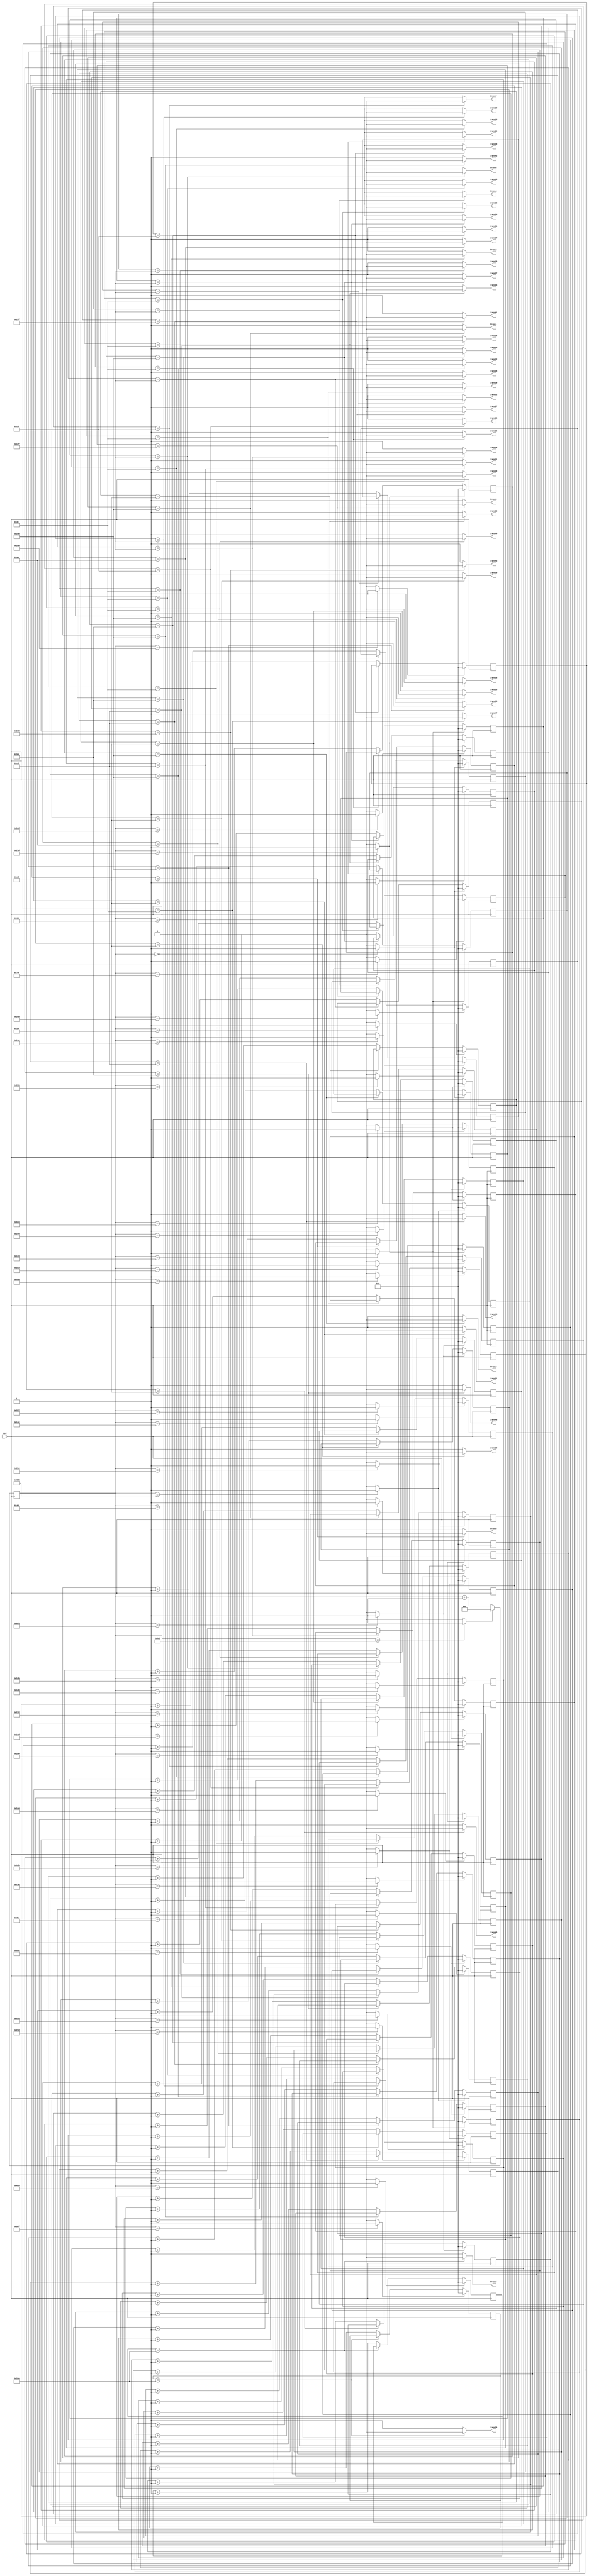
`timescale 1ns / 1ps
//////////////////////////////////////////////////////////////////////////////////
// Company: 
// Engineer: 
// 
// Design Name: 
// Module Name:    focus_power_ad_7_7 
// Project Name: 
// Target Devices: 
// Tool versions: 
// Description: 
//
// Dependencies: 
//
// Revision: 
// Revision 0.01 - File Created
// Additional Comments: 
//
//////////////////////////////////////////////////////////////////////////////////
module focus_power_ad_7_7(

	input CLK,
    output trans1,
    output trans2,
	 output trans3,
	 output trans4,
	 output trans5,
	 output trans6,
	 output trans7,
	 output trans8,
	 output trans9,
	 output trans10,
	 output trans11,
	 output trans12,
	 output trans13,
	 output trans14,
	 output trans15,
	 output trans16,
	 output trans17,
	 output trans18,
	 output trans19,
	 output trans20,
	 output trans21,
	 output trans22,
	 output trans23,
	 output trans24,
	 output trans25,
	 output trans26,
	 output trans27,
	 output trans28,
	 output trans29,
	 output trans30,
	 output trans31,
	 output trans32,
	 output trans33,
	 output trans34,
	 output trans35,
	 output trans36,
	 output trans37,
	 output trans38,
	 output trans39,
	 output trans40,
	 output trans41,
	 output trans42,
	 output trans43,
	 output trans44,
	 output trans45,
	 output trans46,
	 output trans47,
	 output trans48,
	 output trans49
    );

	//define signals
	reg [10:0] pwm_base_reg = 11'h000;
	reg [9:0] pwm1_duty_reg = 10'h000;
	reg [9:0] pwm2_duty_reg = 10'h000;
	reg [9:0] pwm3_duty_reg = 10'h000;
	reg [9:0] pwm4_duty_reg = 10'h000;
	reg [9:0] pwm5_duty_reg = 10'h000;
	reg [9:0] pwm6_duty_reg = 10'h000;
	reg [9:0] pwm7_duty_reg = 10'h000;
	reg [9:0] pwm8_duty_reg = 10'h000;
	reg [9:0] pwm9_duty_reg = 10'h000;
	reg [9:0] pwm10_duty_reg = 10'h000;
	reg [9:0] pwm11_duty_reg = 10'h000;	
	reg [9:0] pwm12_duty_reg = 10'h000;	
	reg [9:0] pwm13_duty_reg = 10'h000;
	reg [9:0] pwm14_duty_reg = 10'h000;
	reg [9:0] pwm15_duty_reg = 10'h000;
	reg [9:0] pwm16_duty_reg = 10'h000;
	reg [9:0] pwm17_duty_reg = 10'h000;
   reg [9:0] pwm18_duty_reg = 10'h000;
   reg [9:0] pwm19_duty_reg = 10'h000;
   reg [9:0] pwm20_duty_reg = 10'h000;
   reg [9:0] pwm21_duty_reg = 10'h000;
   reg [9:0] pwm22_duty_reg = 10'h000;
   reg [9:0] pwm23_duty_reg = 10'h000;
   reg [9:0] pwm24_duty_reg = 10'h000;
   reg [9:0] pwm25_duty_reg = 10'h000;
   reg [9:0] pwm26_duty_reg = 10'h000;
   reg [9:0] pwm27_duty_reg = 10'h000;
   reg [9:0] pwm28_duty_reg = 10'h000;
   reg [9:0] pwm29_duty_reg = 10'h000;
   reg [9:0] pwm30_duty_reg = 10'h000;
   reg [9:0] pwm31_duty_reg = 10'h000;
   reg [9:0] pwm32_duty_reg = 10'h000;
   reg [9:0] pwm33_duty_reg = 10'h000;
   reg [9:0] pwm34_duty_reg = 10'h000;
   reg [9:0] pwm35_duty_reg = 10'h000;
   reg [9:0] pwm36_duty_reg = 10'h000;
   reg [9:0] pwm37_duty_reg = 10'h000;
   reg [9:0] pwm38_duty_reg = 10'h000;
   reg [9:0] pwm39_duty_reg = 10'h000;
   reg [9:0] pwm40_duty_reg = 10'h000;
   reg [9:0] pwm41_duty_reg = 10'h000;
   reg [9:0] pwm42_duty_reg = 10'h000;
   reg [9:0] pwm43_duty_reg = 10'h000;
   reg [9:0] pwm44_duty_reg = 10'h000;
   reg [9:0] pwm45_duty_reg = 10'h000;
   reg [9:0] pwm46_duty_reg = 10'h000;
   reg [9:0] pwm47_duty_reg = 10'h000;
   reg [9:0] pwm48_duty_reg = 10'h000;
   reg [9:0] pwm49_duty_reg = 10'h000;
	
	reg [6:0] base_cycle_counter_reg = 7'h00;
	reg [15:0] count_base_reg = 16'h0000;
	
	wire pwm1;
	wire pwm2;
	wire pwm3;
	wire pwm4;
	wire pwm5;
	wire pwm6;
	wire pwm7;
	wire pwm8;
	wire pwm9;
	wire pwm10;
	wire pwm11;
	wire pwm12;
	wire pwm13;
	wire pwm14;
	wire pwm15;
	wire pwm16;
	wire pwm17;
   wire pwm18;
   wire pwm19;
   wire pwm20;
   wire pwm21;
   wire pwm22;
   wire pwm23;
   wire pwm24;
   wire pwm25;
   wire pwm26;
   wire pwm27;
   wire pwm28;
   wire pwm29;
   wire pwm30;
   wire pwm31;
   wire pwm32;
   wire pwm33;
   wire pwm34;
   wire pwm35;
   wire pwm36;
   wire pwm37;
   wire pwm38;
   wire pwm39;
   wire pwm40;
   wire pwm41;
   wire pwm42;
   wire pwm43;
   wire pwm44;
   wire pwm45;
   wire pwm46;
   wire pwm47;
   wire pwm48;
   wire pwm49;
	
	wire pwm1_out;
	wire pwm2_out;
	wire pwm3_out;
	wire pwm4_out;
	wire pwm5_out;
	wire pwm6_out;
	wire pwm7_out;
	wire pwm8_out;
	wire pwm9_out;
	wire pwm10_out;
	wire pwm11_out;
	wire pwm12_out;
	wire pwm13_out;
	wire pwm14_out;
	wire pwm15_out;
	wire pwm16_out;
	wire pwm17_out;
	wire pwm18_out;
   wire pwm19_out;
   wire pwm20_out;
   wire pwm21_out;
   wire pwm22_out;
   wire pwm23_out;
   wire pwm24_out;
   wire pwm25_out;
   wire pwm26_out;
   wire pwm27_out;
   wire pwm28_out;
   wire pwm29_out;
   wire pwm30_out;
   wire pwm31_out;
   wire pwm32_out;
   wire pwm33_out;
   wire pwm34_out;
   wire pwm35_out;
   wire pwm36_out;
   wire pwm37_out;
   wire pwm38_out;
   wire pwm39_out;
   wire pwm40_out;
   wire pwm41_out;
   wire pwm42_out;
   wire pwm43_out;
   wire pwm44_out;
   wire pwm45_out;
   wire pwm46_out;
   wire pwm47_out;
   wire pwm48_out;
   wire pwm49_out;
	wire pwmbp;
	

	//PWM Base Cycle Generate
	/* Calculation
		base count = 50[MHz] / 40 [kHz] = 1250
		0 ~ 1249 -> 1250 count
	*/
	always @(posedge CLK) begin  //CB16RE
		if (pwmbp == 1'b1) begin  //R:pwmbp
			pwm_base_reg <= 11'h000;  //h:hexadecimal, assign 0 to all bits
		end
		else begin
			pwm_base_reg <= pwm_base_reg + 1'b1;  //increment
		end
	end
	
	assign pwmbp = (pwm_base_reg[10:0] == 11'd1249) ? 1'b1 : 1'b0;  //COMP16
	
	//phase
   assign pwm1  = (pwm_base_reg[10:0] == 11'd641) ? 1'b1 : 1'b0;  //COMP16
   assign pwm2  = (pwm_base_reg[10:0] == 11'd991) ? 1'b1 : 1'b0;  //COMP16
   assign pwm3  = (pwm_base_reg[10:0] == 11'd1205) ? 1'b1 : 1'b0;  //COMP16
   assign pwm4  = (pwm_base_reg[10:0] == 11'd0) ? 1'b1 : 1'b0;  //COMP16
   assign pwm5  = (pwm_base_reg[10:0] == 11'd1157) ? 1'b1 : 1'b0;  //COMP16
   assign pwm6  = (pwm_base_reg[10:0] == 11'd964) ? 1'b1 : 1'b0;  //COMP16
   assign pwm7  = (pwm_base_reg[10:0] == 11'd675) ? 1'b1 : 1'b0;  //COMP16
   assign pwm8  = (pwm_base_reg[10:0] == 11'd1005) ? 1'b1 : 1'b0;  //COMP16
   assign pwm9  = (pwm_base_reg[10:0] == 11'd0) ? 1'b1 : 1'b0;  //COMP16
   assign pwm10 = (pwm_base_reg[10:0] == 11'd291) ? 1'b1 : 1'b0;  //COMP16
   assign pwm11 = (pwm_base_reg[10:0] == 11'd422) ? 1'b1 : 1'b0;  //COMP16
   assign pwm12 = (pwm_base_reg[10:0] == 11'd318) ? 1'b1 : 1'b0;  //COMP16
   assign pwm13 = (pwm_base_reg[10:0] == 11'd121) ? 1'b1 : 1'b0;  //COMP16
   assign pwm14 = (pwm_base_reg[10:0] == 11'd964) ? 1'b1 : 1'b0;  //COMP16
   assign pwm15 = (pwm_base_reg[10:0] == 11'd1227) ? 1'b1 : 1'b0;  //COMP16
   assign pwm16 = (pwm_base_reg[10:0] == 11'd348) ? 1'b1 : 1'b0;  //COMP16
   assign pwm17 = (pwm_base_reg[10:0] == 11'd587) ? 1'b1 : 1'b0;  //COMP16
   assign pwm18 = (pwm_base_reg[10:0] == 11'd637) ? 1'b1 : 1'b0;  //COMP16
   assign pwm19 = (pwm_base_reg[10:0] == 11'd562) ? 1'b1 : 1'b0;  //COMP16
   assign pwm20 = (pwm_base_reg[10:0] == 11'd291) ? 1'b1 : 1'b0;  //COMP16
   assign pwm21 = (pwm_base_reg[10:0] == 11'd1219) ? 1'b1 : 1'b0;  //COMP16
   assign pwm22 = (pwm_base_reg[10:0] == 11'd41) ? 1'b1 : 1'b0;  //COMP16
   assign pwm23 = (pwm_base_reg[10:0] == 11'd432) ? 1'b1 : 1'b0;  //COMP16
   assign pwm24 = (pwm_base_reg[10:0] == 11'd637) ? 1'b1 : 1'b0;  //COMP16
   assign pwm25 = (pwm_base_reg[10:0] == 11'd724) ? 1'b1 : 1'b0;  //COMP16
   assign pwm26 = (pwm_base_reg[10:0] == 11'd637) ? 1'b1 : 1'b0;  //COMP16
   assign pwm27 = (pwm_base_reg[10:0] == 11'd365) ? 1'b1 : 1'b0;  //COMP16
   assign pwm28 = (pwm_base_reg[10:0] == 11'd0) ? 1'b1 : 1'b0;  //COMP16
   assign pwm29 = (pwm_base_reg[10:0] == 11'd1219) ? 1'b1 : 1'b0;  //COMP16
   assign pwm30 = (pwm_base_reg[10:0] == 11'd332) ? 1'b1 : 1'b0;  //COMP16
   assign pwm31 = (pwm_base_reg[10:0] == 11'd580) ? 1'b1 : 1'b0;  //COMP16
   assign pwm32 = (pwm_base_reg[10:0] == 11'd588) ? 1'b1 : 1'b0;  //COMP16
   assign pwm33 = (pwm_base_reg[10:0] == 11'd587) ? 1'b1 : 1'b0;  //COMP16
   assign pwm34 = (pwm_base_reg[10:0] == 11'd291) ? 1'b1 : 1'b0;  //COMP16
   assign pwm35 = (pwm_base_reg[10:0] == 11'd1205) ? 1'b1 : 1'b0;  //COMP16
   assign pwm36 = (pwm_base_reg[10:0] == 11'd943) ? 1'b1 : 1'b0;  //COMP16
   assign pwm37 = (pwm_base_reg[10:0] == 11'd99) ? 1'b1 : 1'b0;  //COMP16
   assign pwm38 = (pwm_base_reg[10:0] == 11'd332) ? 1'b1 : 1'b0;  //COMP16
   assign pwm39 = (pwm_base_reg[10:0] == 11'd426) ? 1'b1 : 1'b0;  //COMP16
   assign pwm40 = (pwm_base_reg[10:0] == 11'd340) ? 1'b1 : 1'b0;  //COMP16
   assign pwm41 = (pwm_base_reg[10:0] == 11'd129) ? 1'b1 : 1'b0;  //COMP16
   assign pwm42 = (pwm_base_reg[10:0] == 11'd991) ? 1'b1 : 1'b0;  //COMP16
   assign pwm43 = (pwm_base_reg[10:0] == 11'd461) ? 1'b1 : 1'b0;  //COMP16
   assign pwm44 = (pwm_base_reg[10:0] == 11'd1021) ? 1'b1 : 1'b0;  //COMP16
   assign pwm45 = (pwm_base_reg[10:0] == 11'd1219) ? 1'b1 : 1'b0;  //COMP16
   assign pwm46 = (pwm_base_reg[10:0] == 11'd67) ? 1'b1 : 1'b0;  //COMP16
   assign pwm47 = (pwm_base_reg[10:0] == 11'd1227) ? 1'b1 : 1'b0;  //COMP16
   assign pwm48 = (pwm_base_reg[10:0] == 11'd1013) ? 1'b1 : 1'b0;  //COMP16
   assign pwm49 = (pwm_base_reg[10:0] == 11'd663) ? 1'b1 : 1'b0;  //COMP16
	
	
	//PWM Duty Ratio Generate
    always @(posedge CLK) begin  //CB16RE
        if (pwm1 == 1'b1) begin  //R:pwm1
            pwm1_duty_reg <= 11'h000;
        end
        else if (pwm1_out == 1'b1) begin  //CE:pwm1_out
            pwm1_duty_reg <= pwm1_duty_reg + 1'b1;
        end
    end
    
    always @(posedge CLK) begin  //CB16RE
        if (pwm2 == 1'b1) begin  //R:pwm2
            pwm2_duty_reg <= 11'h000;
        end
        else if (pwm2_out == 1'b1) begin  //CE:pwm2_out
            pwm2_duty_reg <= pwm2_duty_reg + 1'b1;
        end
    end
    
    always @(posedge CLK) begin  //CB16RE
        if (pwm3 == 1'b1) begin  //R:pwm3
            pwm3_duty_reg <= 11'h000;
        end
        else if (pwm3_out == 1'b1) begin  //CE:pwm3_out
            pwm3_duty_reg <= pwm3_duty_reg + 1'b1;
        end
    end
    
    always @(posedge CLK) begin  //CB16RE
        if (pwm4 == 1'b1) begin  //R:pwm4
            pwm4_duty_reg <= 11'h000;
        end
        else if (pwm4_out == 1'b1) begin  //CE:pwm4_out
            pwm4_duty_reg <= pwm4_duty_reg + 1'b1;
        end
    end
    
    always @(posedge CLK) begin  //CB16RE
        if (pwm5 == 1'b1) begin  //R:pwm5
            pwm5_duty_reg <= 11'h000;
        end
        else if (pwm5_out == 1'b1) begin  //CE:pwm5_out
            pwm5_duty_reg <= pwm5_duty_reg + 1'b1;
        end
    end
    
    always @(posedge CLK) begin  //CB16RE
        if (pwm6 == 1'b1) begin  //R:pwm6
            pwm6_duty_reg <= 11'h000;
        end
        else if (pwm6_out == 1'b1) begin  //CE:pwm6_out
            pwm6_duty_reg <= pwm6_duty_reg + 1'b1;
        end
    end
    
    always @(posedge CLK) begin  //CB16RE
        if (pwm7 == 1'b1) begin  //R:pwm7
            pwm7_duty_reg <= 11'h000;
        end
        else if (pwm7_out == 1'b1) begin  //CE:pwm7_out
            pwm7_duty_reg <= pwm7_duty_reg + 1'b1;
        end
    end
    
    always @(posedge CLK) begin  //CB16RE
        if (pwm8 == 1'b1) begin  //R:pwm8
            pwm8_duty_reg <= 11'h000;
        end
        else if (pwm8_out == 1'b1) begin  //CE:pwm8_out
            pwm8_duty_reg <= pwm8_duty_reg + 1'b1;
        end
    end
    
    always @(posedge CLK) begin  //CB16RE
        if (pwm9 == 1'b1) begin  //R:pwm9
            pwm9_duty_reg <= 11'h000;
        end
        else if (pwm9_out == 1'b1) begin  //CE:pwm9_out
            pwm9_duty_reg <= pwm9_duty_reg + 1'b1;
        end
    end
    
    always @(posedge CLK) begin  //CB16RE
        if (pwm10 == 1'b1) begin  //R:pwm10
            pwm10_duty_reg <= 11'h000;
        end
        else if (pwm10_out == 1'b1) begin  //CE:pwm10_out
            pwm10_duty_reg <= pwm10_duty_reg + 1'b1;
        end
    end
    
   always @(posedge CLK) begin  //CB16RE
        if (pwm11 == 1'b1) begin  //R:pwm11
            pwm11_duty_reg <= 11'h000;
        end
        else if (pwm11_out == 1'b1) begin  //CE:pwm11_out
            pwm11_duty_reg <= pwm11_duty_reg + 1'b1;
        end
    end

   always @(posedge CLK) begin  //CB16RE
        if (pwm12 == 1'b1) begin  //R:pwm12
            pwm12_duty_reg <= 11'h000;
        end
        else if (pwm12_out == 1'b1) begin  //CE:pwm12_out
            pwm12_duty_reg <= pwm12_duty_reg + 1'b1;
        end
    end

   always @(posedge CLK) begin  //CB16RE
        if (pwm13 == 1'b1) begin  //R:pwm13
            pwm13_duty_reg <= 11'h000;
        end
        else if (pwm13_out == 1'b1) begin  //CE:pwm13_out
            pwm13_duty_reg <= pwm13_duty_reg + 1'b1;
        end
    end

    always @(posedge CLK) begin  //CB16RE
        if (pwm14 == 1'b1) begin  //R:pwm14
            pwm14_duty_reg <= 11'h000;
        end
        else if (pwm14_out == 1'b1) begin  //CE:pwm14_out
            pwm14_duty_reg <= pwm14_duty_reg + 1'b1;
        end
    end
	 
        always @(posedge CLK) begin  //CB16RE
        if (pwm15 == 1'b1) begin  //R:pwm15
            pwm15_duty_reg <= 11'h000;
        end
        else if (pwm15_out == 1'b1) begin  //CE:pwm15_out
            pwm15_duty_reg <= pwm15_duty_reg + 1'b1;
        end
    end
	 
        always @(posedge CLK) begin  //CB16RE
        if (pwm16 == 1'b1) begin  //R:pwm16
            pwm16_duty_reg <= 11'h000;
        end
        else if (pwm16_out == 1'b1) begin  //CE:pwm16_out
            pwm16_duty_reg <= pwm16_duty_reg + 1'b1;
        end
    end
	 
        always @(posedge CLK) begin  //CB16RE
        if (pwm17 == 1'b1) begin  //R:pwm17
            pwm17_duty_reg <= 11'h000;
        end
        else if (pwm17_out == 1'b1) begin  //CE:pwm17_out
            pwm17_duty_reg <= pwm17_duty_reg + 1'b1;
        end
    end

       always @(posedge CLK) begin  //CB16RE
        if (pwm18 == 1'b1) begin  //R:pwm18
            pwm18_duty_reg <= 11'h000;
        end
        else if (pwm18_out == 1'b1) begin  //CE:pwm18_out
            pwm18_duty_reg <= pwm18_duty_reg + 1'b1;
        end
    end
       always @(posedge CLK) begin  //CB16RE
        if (pwm19 == 1'b1) begin  //R:pwm19
            pwm19_duty_reg <= 11'h000;
        end
        else if (pwm19_out == 1'b1) begin  //CE:pwm19_out
            pwm19_duty_reg <= pwm19_duty_reg + 1'b1;
        end
    end
       always @(posedge CLK) begin  //CB16RE
        if (pwm20 == 1'b1) begin  //R:pwm20
            pwm20_duty_reg <= 11'h000;
        end
        else if (pwm20_out == 1'b1) begin  //CE:pwm20_out
            pwm20_duty_reg <= pwm20_duty_reg + 1'b1;
        end
    end
       always @(posedge CLK) begin  //CB16RE
        if (pwm21 == 1'b1) begin  //R:pwm21
            pwm21_duty_reg <= 11'h000;
        end
        else if (pwm21_out == 1'b1) begin  //CE:pwm21_out
            pwm21_duty_reg <= pwm21_duty_reg + 1'b1;
        end
    end
       always @(posedge CLK) begin  //CB16RE
        if (pwm22 == 1'b1) begin  //R:pwm22
            pwm22_duty_reg <= 11'h000;
        end
        else if (pwm22_out == 1'b1) begin  //CE:pwm22_out
            pwm22_duty_reg <= pwm22_duty_reg + 1'b1;
        end
    end
       always @(posedge CLK) begin  //CB16RE
        if (pwm23 == 1'b1) begin  //R:pwm23
            pwm23_duty_reg <= 11'h000;
        end
        else if (pwm23_out == 1'b1) begin  //CE:pwm23_out
            pwm23_duty_reg <= pwm23_duty_reg + 1'b1;
        end
    end
       always @(posedge CLK) begin  //CB16RE
        if (pwm24 == 1'b1) begin  //R:pwm24
            pwm24_duty_reg <= 11'h000;
        end
        else if (pwm24_out == 1'b1) begin  //CE:pwm24_out
            pwm24_duty_reg <= pwm24_duty_reg + 1'b1;
        end
    end
       always @(posedge CLK) begin  //CB16RE
        if (pwm25 == 1'b1) begin  //R:pwm25
            pwm25_duty_reg <= 11'h000;
        end
        else if (pwm25_out == 1'b1) begin  //CE:pwm25_out
            pwm25_duty_reg <= pwm25_duty_reg + 1'b1;
        end
    end
       always @(posedge CLK) begin  //CB16RE
        if (pwm26 == 1'b1) begin  //R:pwm26
            pwm26_duty_reg <= 11'h000;
        end
        else if (pwm26_out == 1'b1) begin  //CE:pwm26_out
            pwm26_duty_reg <= pwm26_duty_reg + 1'b1;
        end
    end
       always @(posedge CLK) begin  //CB16RE
        if (pwm27 == 1'b1) begin  //R:pwm27
            pwm27_duty_reg <= 11'h000;
        end
        else if (pwm27_out == 1'b1) begin  //CE:pwm27_out
            pwm27_duty_reg <= pwm27_duty_reg + 1'b1;
        end
    end
       always @(posedge CLK) begin  //CB16RE
        if (pwm28 == 1'b1) begin  //R:pwm28
            pwm28_duty_reg <= 11'h000;
        end
        else if (pwm28_out == 1'b1) begin  //CE:pwm28_out
            pwm28_duty_reg <= pwm28_duty_reg + 1'b1;
        end
    end
       always @(posedge CLK) begin  //CB16RE
        if (pwm29 == 1'b1) begin  //R:pwm29
            pwm29_duty_reg <= 11'h000;
        end
        else if (pwm29_out == 1'b1) begin  //CE:pwm29_out
            pwm29_duty_reg <= pwm29_duty_reg + 1'b1;
        end
    end
       always @(posedge CLK) begin  //CB16RE
        if (pwm30 == 1'b1) begin  //R:pwm30
            pwm30_duty_reg <= 11'h000;
        end
        else if (pwm30_out == 1'b1) begin  //CE:pwm30_out
            pwm30_duty_reg <= pwm30_duty_reg + 1'b1;
        end
    end
       always @(posedge CLK) begin  //CB16RE
        if (pwm31 == 1'b1) begin  //R:pwm31
            pwm31_duty_reg <= 11'h000;
        end
        else if (pwm31_out == 1'b1) begin  //CE:pwm31_out
            pwm31_duty_reg <= pwm31_duty_reg + 1'b1;
        end
    end
       always @(posedge CLK) begin  //CB16RE
        if (pwm32 == 1'b1) begin  //R:pwm32
            pwm32_duty_reg <= 11'h000;
        end
        else if (pwm32_out == 1'b1) begin  //CE:pwm32_out
            pwm32_duty_reg <= pwm32_duty_reg + 1'b1;
        end
    end
       always @(posedge CLK) begin  //CB16RE
        if (pwm33 == 1'b1) begin  //R:pwm33
            pwm33_duty_reg <= 11'h000;
        end
        else if (pwm33_out == 1'b1) begin  //CE:pwm33_out
            pwm33_duty_reg <= pwm33_duty_reg + 1'b1;
        end
    end
       always @(posedge CLK) begin  //CB16RE
        if (pwm34 == 1'b1) begin  //R:pwm34
            pwm34_duty_reg <= 11'h000;
        end
        else if (pwm34_out == 1'b1) begin  //CE:pwm34_out
            pwm34_duty_reg <= pwm34_duty_reg + 1'b1;
        end
    end
       always @(posedge CLK) begin  //CB16RE
        if (pwm35 == 1'b1) begin  //R:pwm35
            pwm35_duty_reg <= 11'h000;
        end
        else if (pwm35_out == 1'b1) begin  //CE:pwm35_out
            pwm35_duty_reg <= pwm35_duty_reg + 1'b1;
        end
    end
       always @(posedge CLK) begin  //CB16RE
        if (pwm36 == 1'b1) begin  //R:pwm36
            pwm36_duty_reg <= 11'h000;
        end
        else if (pwm36_out == 1'b1) begin  //CE:pwm36_out
            pwm36_duty_reg <= pwm36_duty_reg + 1'b1;
        end
    end
       always @(posedge CLK) begin  //CB16RE
        if (pwm37 == 1'b1) begin  //R:pwm37
            pwm37_duty_reg <= 11'h000;
        end
        else if (pwm37_out == 1'b1) begin  //CE:pwm37_out
            pwm37_duty_reg <= pwm37_duty_reg + 1'b1;
        end
    end
       always @(posedge CLK) begin  //CB16RE
        if (pwm38 == 1'b1) begin  //R:pwm38
            pwm38_duty_reg <= 11'h000;
        end
        else if (pwm38_out == 1'b1) begin  //CE:pwm38_out
            pwm38_duty_reg <= pwm38_duty_reg + 1'b1;
        end
    end
       always @(posedge CLK) begin  //CB16RE
        if (pwm39 == 1'b1) begin  //R:pwm39
            pwm39_duty_reg <= 11'h000;
        end
        else if (pwm39_out == 1'b1) begin  //CE:pwm39_out
            pwm39_duty_reg <= pwm39_duty_reg + 1'b1;
        end
    end
       always @(posedge CLK) begin  //CB16RE
        if (pwm40 == 1'b1) begin  //R:pwm40
            pwm40_duty_reg <= 11'h000;
        end
        else if (pwm40_out == 1'b1) begin  //CE:pwm40_out
            pwm40_duty_reg <= pwm40_duty_reg + 1'b1;
        end
    end
       always @(posedge CLK) begin  //CB16RE
        if (pwm41 == 1'b1) begin  //R:pwm41
            pwm41_duty_reg <= 11'h000;
        end
        else if (pwm41_out == 1'b1) begin  //CE:pwm41_out
            pwm41_duty_reg <= pwm41_duty_reg + 1'b1;
        end
    end
       always @(posedge CLK) begin  //CB16RE
        if (pwm42 == 1'b1) begin  //R:pwm42
            pwm42_duty_reg <= 11'h000;
        end
        else if (pwm42_out == 1'b1) begin  //CE:pwm42_out
            pwm42_duty_reg <= pwm42_duty_reg + 1'b1;
        end
    end
       always @(posedge CLK) begin  //CB16RE
        if (pwm43 == 1'b1) begin  //R:pwm43
            pwm43_duty_reg <= 11'h000;
        end
        else if (pwm43_out == 1'b1) begin  //CE:pwm43_out
            pwm43_duty_reg <= pwm43_duty_reg + 1'b1;
        end
    end
       always @(posedge CLK) begin  //CB16RE
        if (pwm44 == 1'b1) begin  //R:pwm44
            pwm44_duty_reg <= 11'h000;
        end
        else if (pwm44_out == 1'b1) begin  //CE:pwm44_out
            pwm44_duty_reg <= pwm44_duty_reg + 1'b1;
        end
    end
       always @(posedge CLK) begin  //CB16RE
        if (pwm45 == 1'b1) begin  //R:pwm45
            pwm45_duty_reg <= 11'h000;
        end
        else if (pwm45_out == 1'b1) begin  //CE:pwm45_out
            pwm45_duty_reg <= pwm45_duty_reg + 1'b1;
        end
    end
       always @(posedge CLK) begin  //CB16RE
        if (pwm46 == 1'b1) begin  //R:pwm46
            pwm46_duty_reg <= 11'h000;
        end
        else if (pwm46_out == 1'b1) begin  //CE:pwm46_out
            pwm46_duty_reg <= pwm46_duty_reg + 1'b1;
        end
    end
       always @(posedge CLK) begin  //CB16RE
        if (pwm47 == 1'b1) begin  //R:pwm47
            pwm47_duty_reg <= 11'h000;
        end
        else if (pwm47_out == 1'b1) begin  //CE:pwm47_out
            pwm47_duty_reg <= pwm47_duty_reg + 1'b1;
        end
    end
       always @(posedge CLK) begin  //CB16RE
        if (pwm48 == 1'b1) begin  //R:pwm48
            pwm48_duty_reg <= 11'h000;
        end
        else if (pwm48_out == 1'b1) begin  //CE:pwm48_out
            pwm48_duty_reg <= pwm48_duty_reg + 1'b1;
        end
    end
       always @(posedge CLK) begin  //CB16RE
        if (pwm49 == 1'b1) begin  //R:pwm49
            pwm49_duty_reg <= 11'h000;
        end
        else if (pwm49_out == 1'b1) begin  //CE:pwm49_out
            pwm49_duty_reg <= pwm49_duty_reg + 1'b1;
        end
    end    

	//duty ratio  ex 50% -> 1250 / 2 = 625
	assign pwm1_out = (pwm1_duty_reg[9:0] == 10'd264) ? 1'b0 : 1'b1;  //COMP16
	assign pwm2_out = (pwm2_duty_reg[9:0] == 10'd264) ? 1'b0 : 1'b1;  //COMP16
	assign pwm3_out = (pwm3_duty_reg[9:0] == 10'd264) ? 1'b0 : 1'b1;  //COMP16
	assign pwm4_out = (pwm4_duty_reg[9:0] == 10'd319) ? 1'b0 : 1'b1;  //COMP16
	assign pwm5_out = (pwm5_duty_reg[9:0] == 10'd362) ? 1'b0 : 1'b1;  //COMP16
	assign pwm6_out = (pwm6_duty_reg[9:0] == 10'd319) ? 1'b0 : 1'b1;  //COMP16
	assign pwm7_out = (pwm7_duty_reg[9:0] == 10'd197) ? 1'b0 : 1'b1;  //COMP16
	assign pwm8_out = (pwm8_duty_reg[9:0] == 10'd237) ? 1'b0 : 1'b1;  //COMP16
	assign pwm9_out = (pwm9_duty_reg[9:0] == 10'd463) ? 1'b0 : 1'b1;  //COMP16
	assign pwm10_out = (pwm10_duty_reg[9:0] == 10'd319) ? 1'b0 : 1'b1;  //COMP16
   assign pwm11_out = (pwm11_duty_reg[9:0] == 10'd205) ? 1'b0 : 1'b1;  //COMP16 
   assign pwm12_out = (pwm12_duty_reg[9:0] == 10'd264) ? 1'b0 : 1'b1;  //COMP16 
   assign pwm13_out = (pwm13_duty_reg[9:0] == 10'd220) ? 1'b0 : 1'b1;  //COMP16 
   assign pwm14_out = (pwm14_duty_reg[9:0] == 10'd319) ? 1'b0 : 1'b1;  //COMP16 
   assign pwm15_out = (pwm15_duty_reg[9:0] == 10'd220) ? 1'b0 : 1'b1;  //COMP16 
   assign pwm16_out = (pwm16_duty_reg[9:0] == 10'd205) ? 1'b0 : 1'b1;  //COMP16
   assign pwm17_out = (pwm17_duty_reg[9:0] == 10'd170) ? 1'b0 : 1'b1;  //COMP16
   assign pwm18_out = (pwm18_duty_reg[9:0] == 10'd220) ? 1'b0 : 1'b1;  //COMP16
   assign pwm19_out = (pwm19_duty_reg[9:0] == 10'd220) ? 1'b0 : 1'b1;  //COMP16
   assign pwm20_out = (pwm20_duty_reg[9:0] == 10'd319) ? 1'b0 : 1'b1;  //COMP16
   assign pwm21_out = (pwm21_duty_reg[9:0] == 10'd237) ? 1'b0 : 1'b1;  //COMP16
   assign pwm22_out = (pwm22_duty_reg[9:0] == 10'd237) ? 1'b0 : 1'b1;  //COMP16
   assign pwm23_out = (pwm23_duty_reg[9:0] == 10'd185) ? 1'b0 : 1'b1;  //COMP16
   assign pwm24_out = (pwm24_duty_reg[9:0] == 10'd220) ? 1'b0 : 1'b1;  //COMP16
   assign pwm25_out = (pwm25_duty_reg[9:0] == 10'd197) ? 1'b0 : 1'b1;  //COMP16
   assign pwm26_out = (pwm26_duty_reg[9:0] == 10'd220) ? 1'b0 : 1'b1;  //COMP16
   assign pwm27_out = (pwm27_duty_reg[9:0] == 10'd319) ? 1'b0 : 1'b1;  //COMP16
   assign pwm28_out = (pwm28_duty_reg[9:0] == 10'd319) ? 1'b0 : 1'b1;  //COMP16
   assign pwm29_out = (pwm29_duty_reg[9:0] == 10'd237) ? 1'b0 : 1'b1;  //COMP16
   assign pwm30_out = (pwm30_duty_reg[9:0] == 10'd237) ? 1'b0 : 1'b1;  //COMP16
   assign pwm31_out = (pwm31_duty_reg[9:0] == 10'd185) ? 1'b0 : 1'b1;  //COMP16
   assign pwm32_out = (pwm32_duty_reg[9:0] == 10'd319) ? 1'b0 : 1'b1;  //COMP16
   assign pwm33_out = (pwm33_duty_reg[9:0] == 10'd170) ? 1'b0 : 1'b1;  //COMP16
   assign pwm34_out = (pwm34_duty_reg[9:0] == 10'd319) ? 1'b0 : 1'b1;  //COMP16
   assign pwm35_out = (pwm35_duty_reg[9:0] == 10'd264) ? 1'b0 : 1'b1;  //COMP16
   assign pwm36_out = (pwm36_duty_reg[9:0] == 10'd362) ? 1'b0 : 1'b1;  //COMP16
   assign pwm37_out = (pwm37_duty_reg[9:0] == 10'd264) ? 1'b0 : 1'b1;  //COMP16
   assign pwm38_out = (pwm38_duty_reg[9:0] == 10'd237) ? 1'b0 : 1'b1;  //COMP16
   assign pwm39_out = (pwm39_duty_reg[9:0] == 10'd197) ? 1'b0 : 1'b1;  //COMP16
   assign pwm40_out = (pwm40_duty_reg[9:0] == 10'd220) ? 1'b0 : 1'b1;  //COMP16
   assign pwm41_out = (pwm41_duty_reg[9:0] == 10'd205) ? 1'b0 : 1'b1;  //COMP16
   assign pwm42_out = (pwm42_duty_reg[9:0] == 10'd264) ? 1'b0 : 1'b1;  //COMP16
   assign pwm43_out = (pwm43_duty_reg[9:0] == 10'd624) ? 1'b0 : 1'b1;  //COMP16
   assign pwm44_out = (pwm44_duty_reg[9:0] == 10'd205) ? 1'b0 : 1'b1;  //COMP16
   assign pwm45_out = (pwm45_duty_reg[9:0] == 10'd237) ? 1'b0 : 1'b1;  //COMP16
   assign pwm46_out = (pwm46_duty_reg[9:0] == 10'd185) ? 1'b0 : 1'b1;  //COMP16
   assign pwm47_out = (pwm47_duty_reg[9:0] == 10'd220) ? 1'b0 : 1'b1;  //COMP16
   assign pwm48_out = (pwm48_duty_reg[9:0] == 10'd220) ? 1'b0 : 1'b1;  //COMP16
   assign pwm49_out = (pwm49_duty_reg[9:0] == 10'd220) ? 1'b0 : 1'b1;  //COMP16
	
	//To transducers
   assign trans1 = pwm1_out;
   assign trans2 = pwm2_out;
   assign trans3 = pwm3_out;
   assign trans4 = pwm4_out;
   assign trans5 = pwm5_out;
   assign trans6 = pwm6_out;
   assign trans7 = pwm7_out;
   assign trans8 = pwm8_out;
   assign trans9 = pwm9_out;
   assign trans10 = pwm10_out;
   assign trans11 = pwm11_out;
   assign trans12 = pwm12_out;
   assign trans13 = pwm13_out;
   assign trans14 = pwm14_out;
   assign trans15 = pwm15_out;
   assign trans16 = pwm16_out;
   assign trans17 = pwm17_out;
   assign trans18 = pwm18_out;
   assign trans19 = pwm19_out;
   assign trans20 = pwm20_out;
   assign trans21 = pwm21_out;
   assign trans22 = pwm22_out;
   assign trans23 = pwm23_out;
   assign trans24 = pwm24_out;
   assign trans25 = pwm25_out;
   assign trans26 = pwm26_out;
   assign trans27 = pwm27_out;
   assign trans28 = pwm28_out;
   assign trans29 = pwm29_out;
   assign trans30 = pwm30_out;
   assign trans31 = pwm31_out;
   assign trans32 = pwm32_out;
   assign trans33 = pwm33_out;
   assign trans34 = pwm34_out;
   assign trans35 = pwm35_out;
   assign trans36 = pwm36_out;
   assign trans37 = pwm37_out;
   assign trans38 = pwm38_out;
   assign trans39 = pwm39_out;
   assign trans40 = pwm40_out;
   assign trans41 = pwm41_out;
   assign trans42 = pwm42_out;
   assign trans43 = pwm43_out;
   assign trans44 = pwm44_out;
   assign trans45 = pwm45_out;
   assign trans46 = pwm46_out;
   assign trans47 = pwm47_out;
   assign trans48 = pwm48_out;
   assign trans49 = pwm49_out;

endmodule